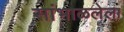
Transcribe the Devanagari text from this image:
सांभाळलेला